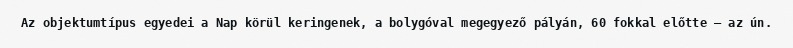
Az objektumtípus egyedei a Nap körül keringenek, a bolygóval megegyező pályán, 60 fokkal előtte – az ún.